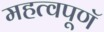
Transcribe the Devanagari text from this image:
महत्वपूणॅ